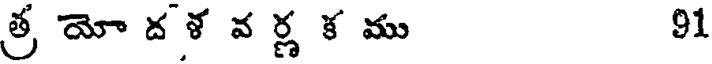
త్ర యో ద ళ వ ర్ణ క ము 91